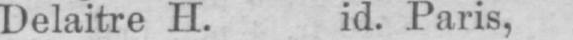
Delaitre H. id. Paris,